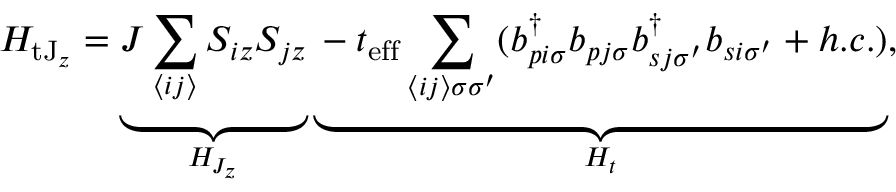
H _ { \mathrm { t J } _ { z } } = \underbrace { J \sum _ { \langle i j \rangle } S _ { i z } S _ { j z } } _ { H _ { J _ { z } } } \underbrace { - t _ { \mathrm { e f f } } \sum _ { \langle i j \rangle \sigma \sigma ^ { \prime } } ( b _ { p i \sigma } ^ { \dagger } b _ { p j \sigma } b _ { s j \sigma ^ { \prime } } ^ { \dagger } b _ { s i \sigma ^ { \prime } } + h . c . ) } _ { H _ { t } } ,